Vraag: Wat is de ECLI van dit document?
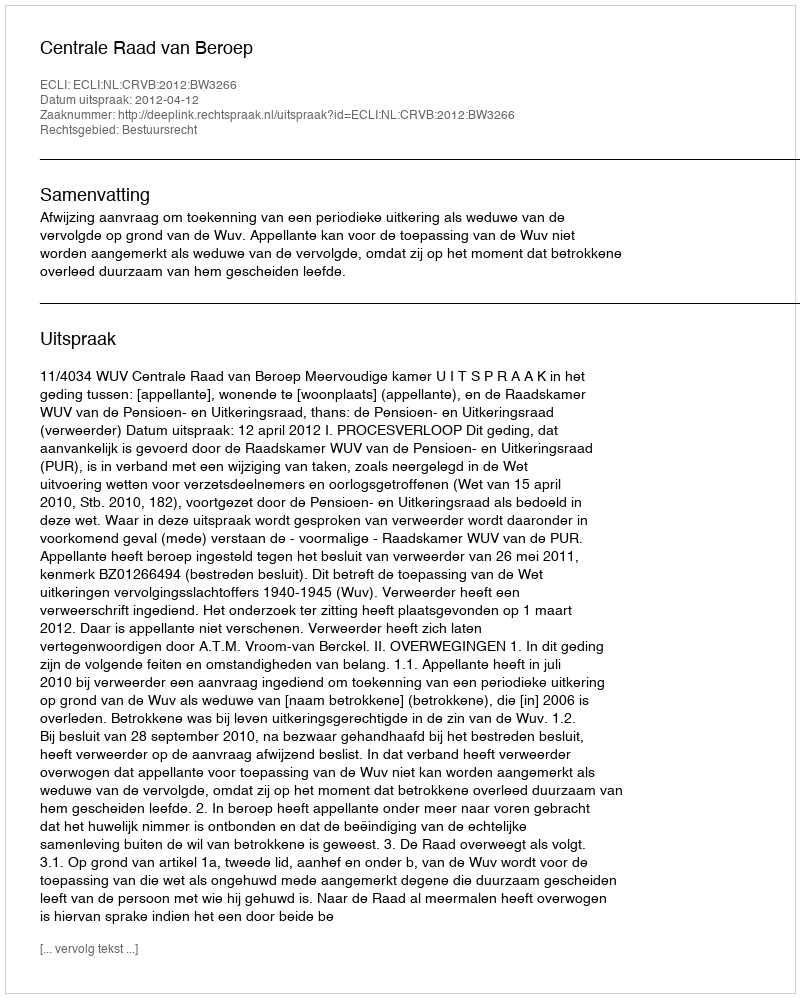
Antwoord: ECLI:NL:CRVB:2012:BW3266